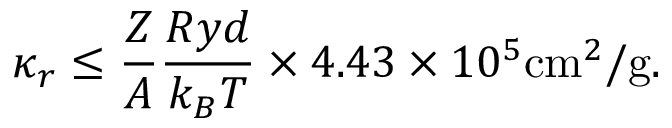
\kappa _ { r } \leq \frac { Z } { A } \frac { R y d } { k _ { B } T } \times 4 . 4 3 \times 1 0 ^ { 5 } \mathrm { c m } ^ { 2 } / \mathrm { g } .